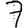
Digit: 7